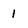
Character: 1